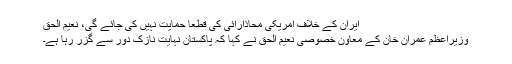
ایران کے خلاف امریکی محاذآرائی کی قطعاََ حمایت نہیں کی جائے گی، نعیم الحق
وزیراعظم عمران خان کے معاون خصوصی نعیم الحق نے کہا کہ پاکستان نہایت نازک دور سے گزر رہا ہے۔